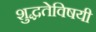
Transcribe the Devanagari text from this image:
शुद्धतेविषयी